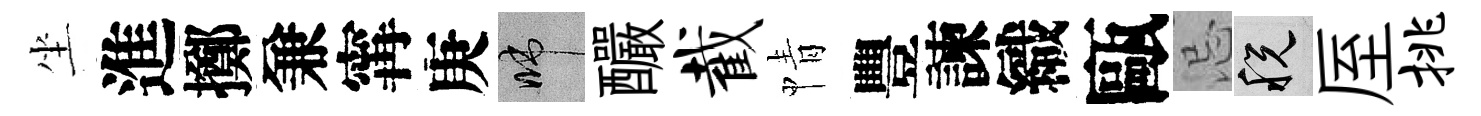
坐進擲兼𡩋庚啼釅截情豐諫織甌忌税厔挑